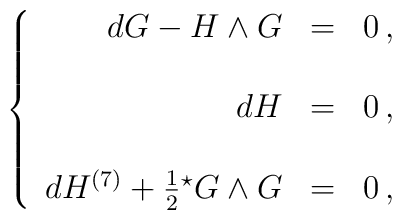
\left\{\begin{array}{rcl}dG -H\wedge G & = & 0\, ,\\& & \\d H & = & 0\, ,\\& & \\dH^{(7)} +\frac{1}{2} {}^{\star} G \wedge G & = & 0\, ,\\\end{array}\right.